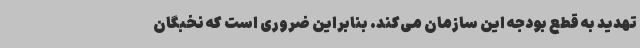
تهدید به قطع بودجه این سازمان می‌کند. بنابراین ضروری است که نخبگان